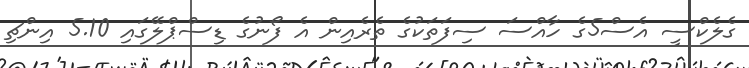
ގެލެކްސީ އެސް5ގެ ހާއްސަ ސިފަތަކުގެ ތެރެއިން އެ ފޯނުގެ ޑިސްޕްލޭގައި 5.10 އިންޗި